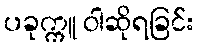
ပခုက္ကူ ဝါဆိုရခြင်း